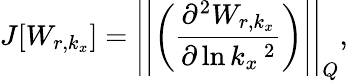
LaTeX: J[W_{r,k_{x}}]=\left|\left|\left(\frac{\partial^{2}W_{r,k_{x}}}{\partial\ln k_{x}\, ^{2}}\right)\right|\right|_{Q},